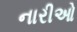
નારીઓ